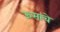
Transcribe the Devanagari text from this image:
ऊसाचे